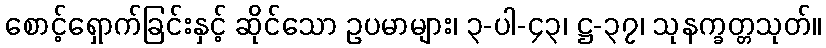
စောင့်ရှောက်ခြင်းနှင့် ဆိုင်သော ဥပမာများ၊ ၃-ပါ-၄၃၊ ဋ္ဌ-၃၇၊ သုနက္ခတ္တသုတ်။